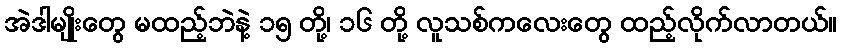
အဲဒါမျိုးတွေ မထည့်ဘဲနဲ့ ၁၅ တို့၊ ၁၆ တို့ လူသစ်ကလေးတွေ ထည့်လိုက်လာတယ်။